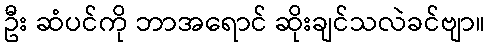
ဦး ဆံပင်ကို ဘာအရောင် ဆိုးချင်သလဲခင်ဗျာ။